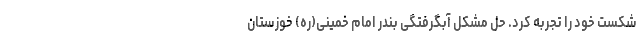
شکست خود را تجربه کرد. حل مشکل آبگرفتگی بندر امام خمینی(ره) خوزستان